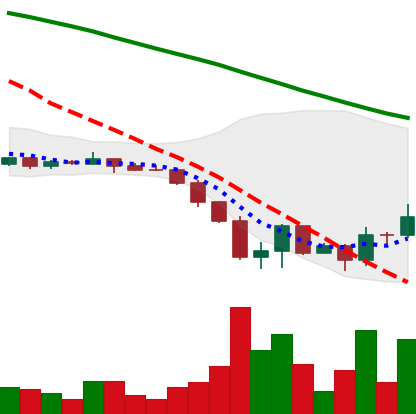
Ticker: DOGE-USD
Chart end date: 2022-06-21
Forward return: 11.6%
Label: up_7plus